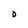
Character: O